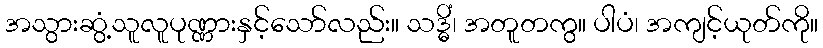
အသွားဆွံ့သူလူပုဏ္ဏားနှင့်သော်လည်း။ သဒ္ဓိံ၊ အတူတကွ။ ပါပံ၊ အကျင့်ယုတ်ကို။